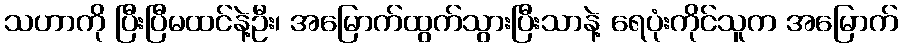
သဟာကို ပြီးပြီမထင်နဲ့ဦး၊ အမြောက်ထွက်သွားပြီးသာနဲ့ ရေပုံးကိုင်သူက အမြောက်